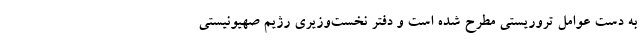
به دست عوامل تروریستی مطرح شده است و دفتر نخست‌وزیری رژیم صهیونیستی